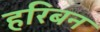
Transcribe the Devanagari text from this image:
हरिबन